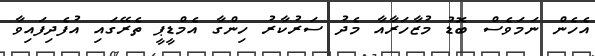
އެހެން ނަމަވެސް ބޮޑު މުޒާހަރާއާ މެދު ސަރުކާރު ހިންގާ އެމްޑީޕީ ތެރޭގައި އުފެދިފައިވާ